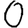
Digit: 0